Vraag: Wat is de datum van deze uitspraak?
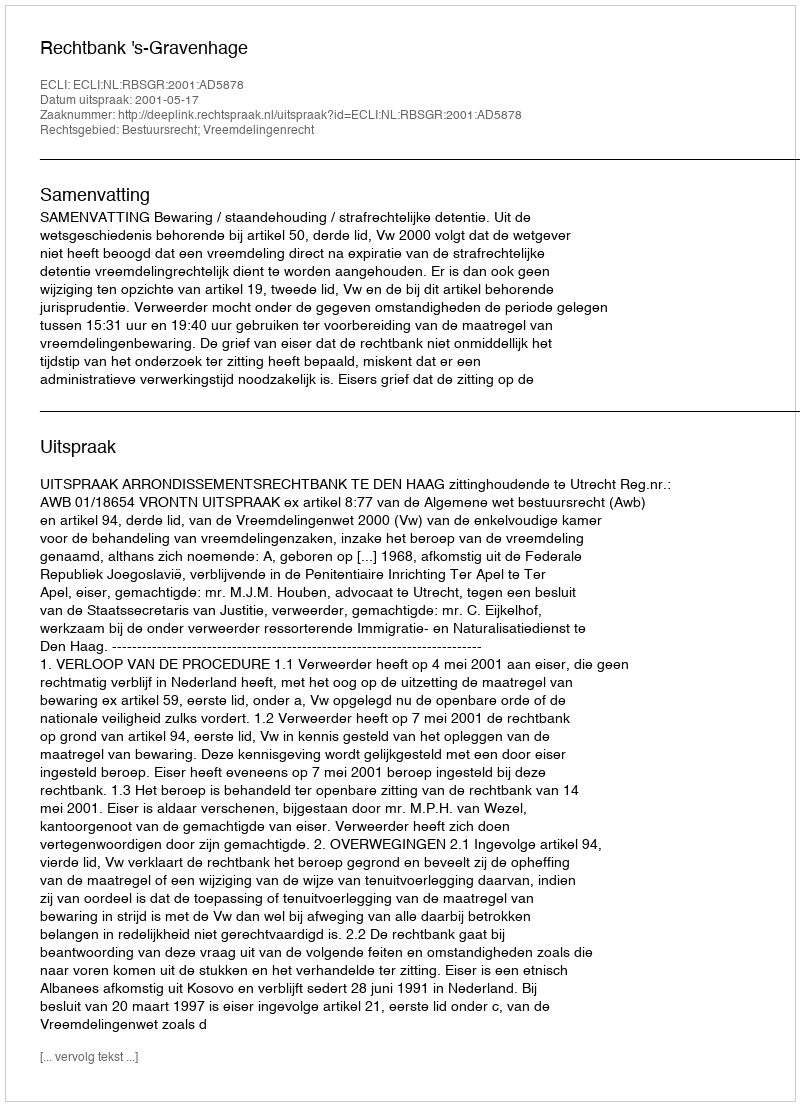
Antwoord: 2001-05-17